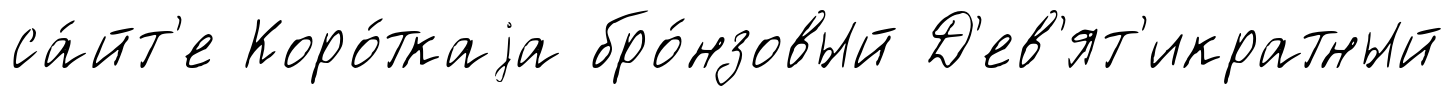
са́йт'е Коро́ткаjа бро́нзовый Д'ев'ят'икратный